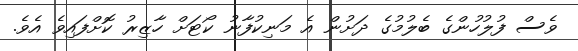
ވެސް ފުލުހުންގެ ބެލުމުގެ ދަށުން އެ މަނިކުފާނު ކޯޓަށް ހާޒިރު ކޮށްފައިވެ އެވެ.